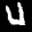
Label: 4